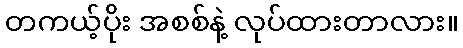
တကယ့်ပိုး အစစ်နဲ့ လုပ်ထားတာလား။